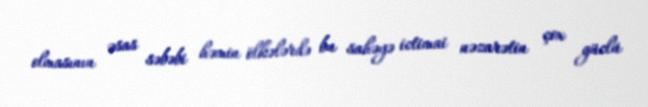
olmasının əsas səbəbi həmin ölkələrdə bu sahəyə ictimai nəzarətin çox güclü